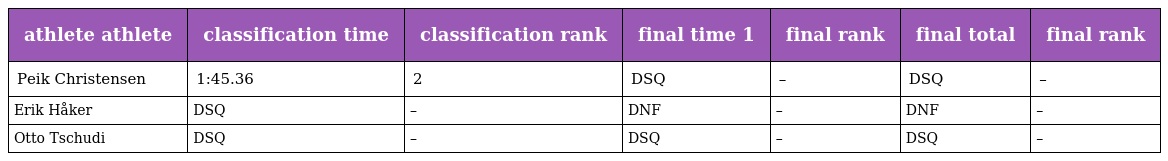
| athlete athlete | classification time | classification rank | final time 1 | final rank | final total | final rank |
 | --- | --- | --- | --- | --- | --- | --- |
 | Peik Christensen | 1:45.36 | 2 | DSQ | – | DSQ | – |
 | Erik Håker | DSQ | – | DNF | – | DNF | – |
 | Otto Tschudi | DSQ | – | DSQ | – | DSQ | – |